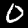
Label: 0